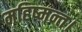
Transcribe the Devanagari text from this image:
महिष्मन्त।